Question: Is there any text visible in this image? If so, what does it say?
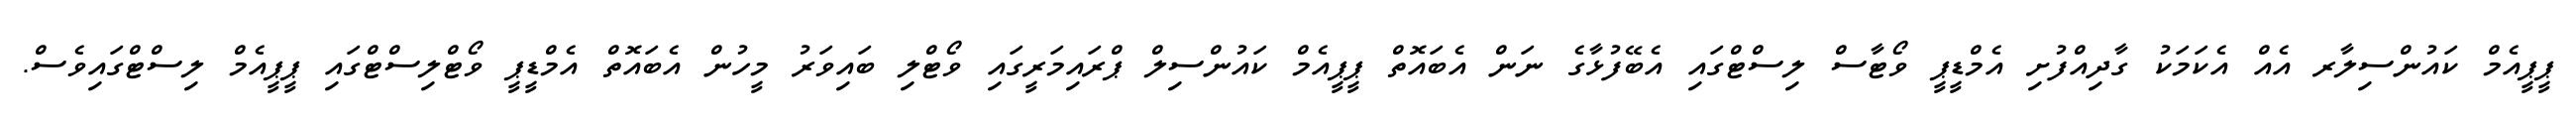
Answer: ޕީޕީއެމް ކައުންސިލާރ އެއް އެކަމަކު ގާދިއްފުށި އެމްޑީޕީ ވޯޓާސް ލިސްޓްގައި އެބޭފުޅާގެ ނަން އެބައޮތް ޕީޕީއެމް ކައުންސިލް ޕްރައިމަރީގައި ވޯޓްލި ބައިވަރު މީހުން އެބައޮތް އެމްޑީޕީ ވޯޓްލިސްޓްގައި ޕީޕީއެމް ލިސްޓްގައިވެސް.